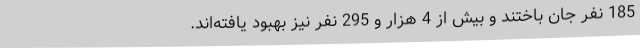
185 نفر جان باختند و بیش از 4 هزار و 295 نفر نیز بهبود یافته‌اند.